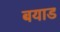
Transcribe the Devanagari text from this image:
बयाड